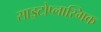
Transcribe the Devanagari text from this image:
साइटोप्लास्मिक